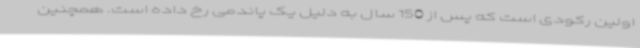
اولین رکودی است که پس از 150 سال به دلیل یک پاندمی رخ داده است. همچنین